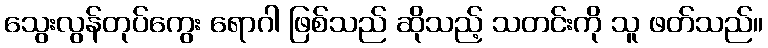
သွေးလွန်တုပ်ကွေး ရောဂါ ဖြစ်သည် ဆိုသည့် သတင်းကို သူ ဖတ်သည်။